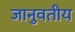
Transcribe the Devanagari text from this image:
जानुवतीय